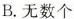
B.无数个